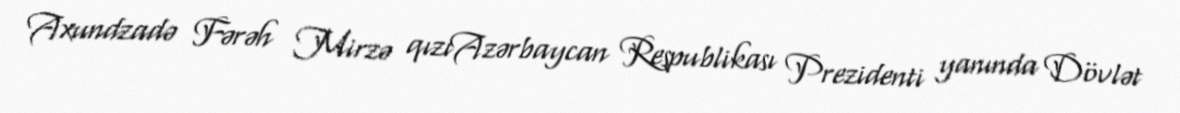
Axundzadə Fərəh Mirzə qızıAzərbaycan Respublikası Prezidenti yanında Dövlət